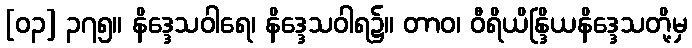
[၀၃] ၃၇၅။ နိဒ္ဒေသဝါရေ၊ နိဒ္ဒေသဝါရ၌။ တာဝ၊ ဝီရိယိန္ဒြိယနိဒ္ဒေသတို့မှ